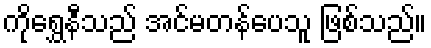
ကိုရွှေနီသည် အင်မတန်ပေသူ ဖြစ်သည်။